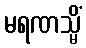
မရဏသ္မိံ